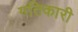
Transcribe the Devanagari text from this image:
गतिकारी